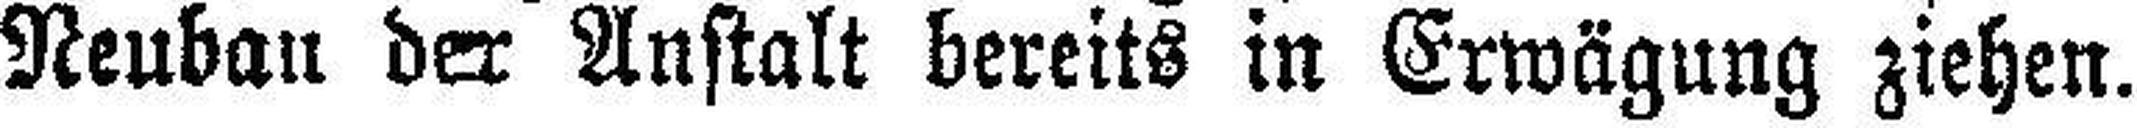
Neubau der Anstalt bereits in Erwägung ziehen.